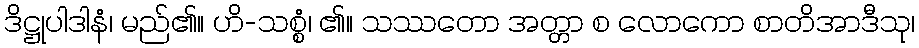
ဒိဋ္ဌုပါဒါနံ၊ မည်၏။ ဟိ-သစ္စံ၊ ၏။ သဿတော အတ္တာ စ လောကော စာတိအာဒီသု၊